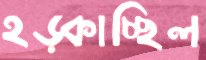
হড়্‌কাচ্ছিল